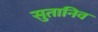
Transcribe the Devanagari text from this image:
सुतानिव